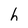
Character: h